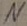
Text: N